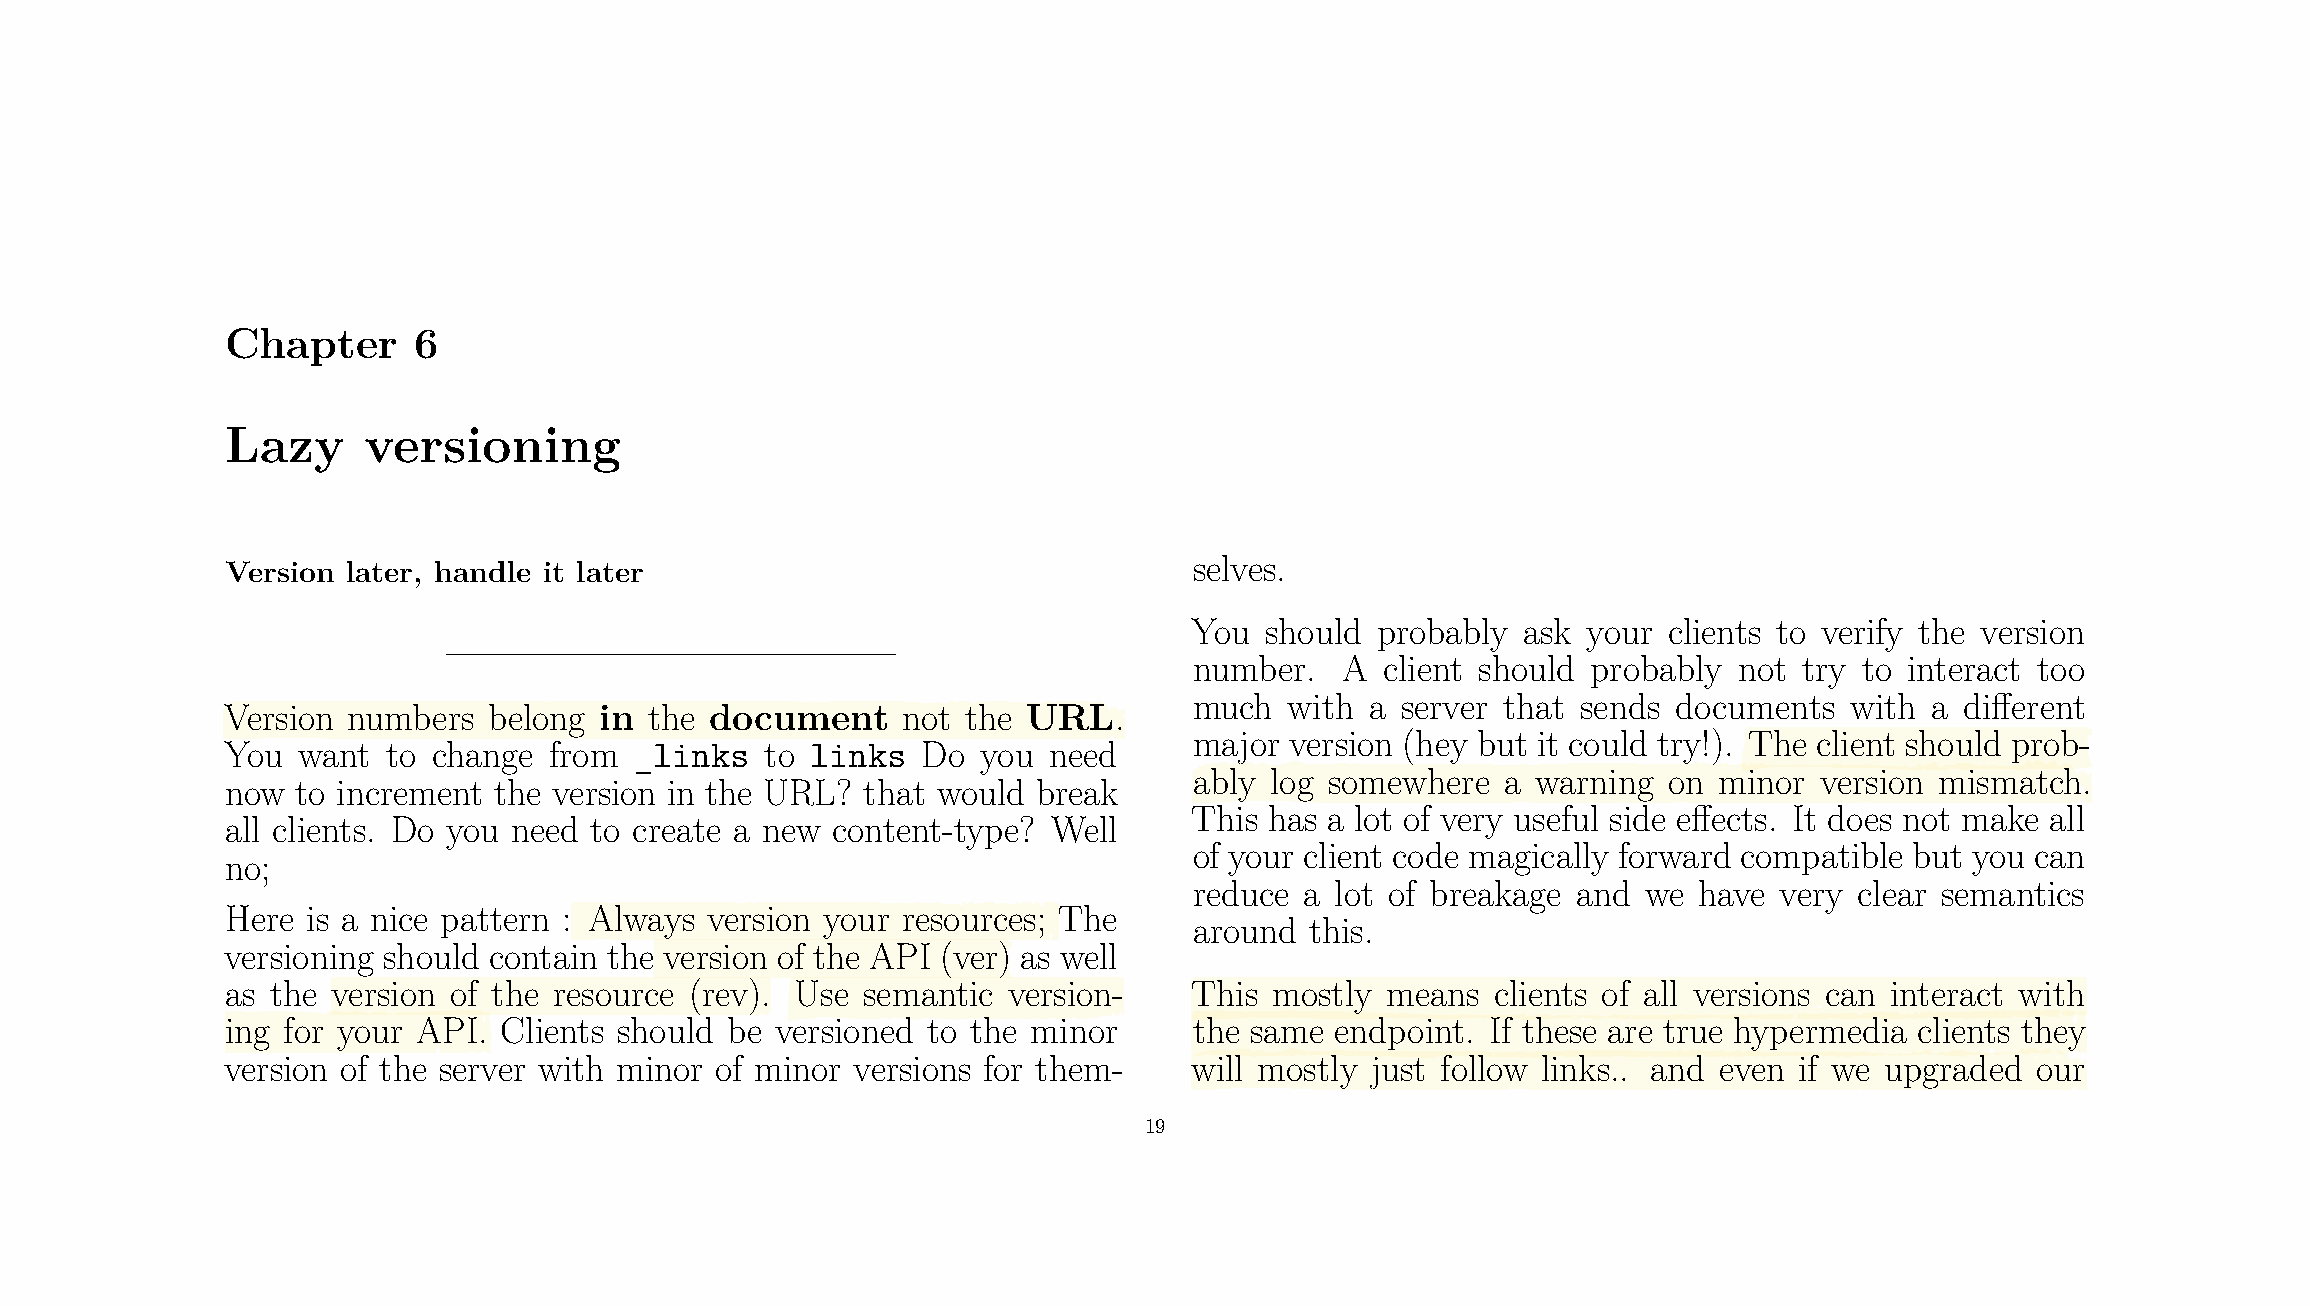
Chapter     6
 Lazy     versioning
 Version later, handle it later                                  selves.
 You  should probably  ask your clients to verify the version
 number.   A  client should probably not try to interact too
 much  with  a server that sends documents  with  a dierent
 Version numbers  belong  in the document     not the URL.
 major version (hey but it could try!). The client should prob-
 You  want  to change from  _links   to links  Do  you need
 ably log somewhere   a warning on  minor version mismatch.
 now  to increment the version in the URL? that would  break
 This has a lot of very useful side eects. It does not make all
 all clients. Do you need to create a new content-type? Well
 of your client code magically forward compatible but you can
 no;
 reduce a lot of breakage and  we have  very clear semantics
 Here is a nice pattern : Always version your resources; The
 around  this.
 versioning should contain the version of the API (ver) as well
 as the version of the resource (rev). Use semantic  version-    This mostly  means  clients of all versions can interact with
 ing for your API. Clients should be versioned to the minor      the same endpoint.  If these are true hypermedia clients they
 version of the server with minor of minor versions for them-    will mostly just follow links.. and even if we upgraded our
 19